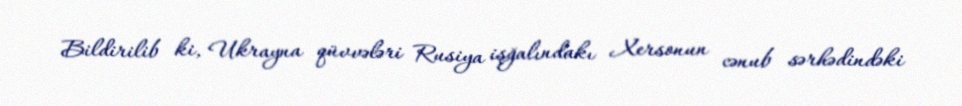
Bildirilib ki, Ukrayna qüvvələri Rusiya işğalındakı Xersonun cənub sərhədindəki